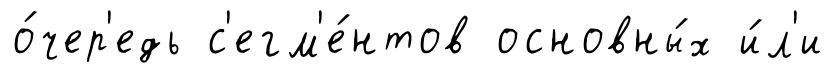
о́чер'едь с'егм'е́нтов основны́х и́л'и